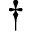
^ \dagger